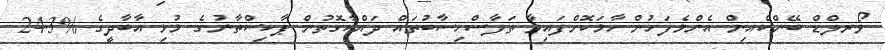
ވޯރލްޑް ބޭންކްއިން އެންމެފަހުން ހާމަކޮށްފައިވާ ތަފާސްހިސާބުތައް ދައްކާގޮތުން ޕާކިސްތާނުގެ މުޅި އާބާދީގެ %24.3